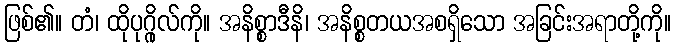
ဖြစ်၏။ တံ၊ ထိုပုဂ္ဂိုလ်ကို။ အနိစ္စာဒီနိ၊ အနိစ္စတယအစရှိသော အခြင်းအရာတို့ကို။